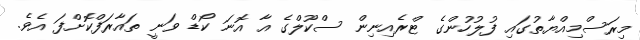
މިރަސްމިއްޔާތުގައި ފުލުހުންގެ ޓްރެއިނިން ސްކޫލްގެ އާ އޮނަ ކޯޑް ވަނީ ތައާރަފްކޮށްފަ އެވެ.